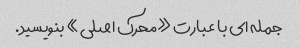
جمله ای با عبارت «محرک اصلی» بنویسید.